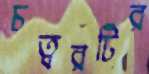
চত্বরটির